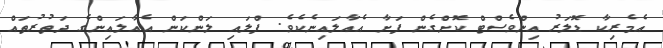
އެމެރިކާ ޑޮލަރު އިންވެސްޓް ކޮށްގެން ފަށާ އެއާލައިނެކެވެ. ފްލައި ލަންކަން އެއާލައިންގެ ދަތުރުތައް